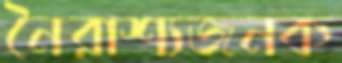
নৈরাশ্যজনক